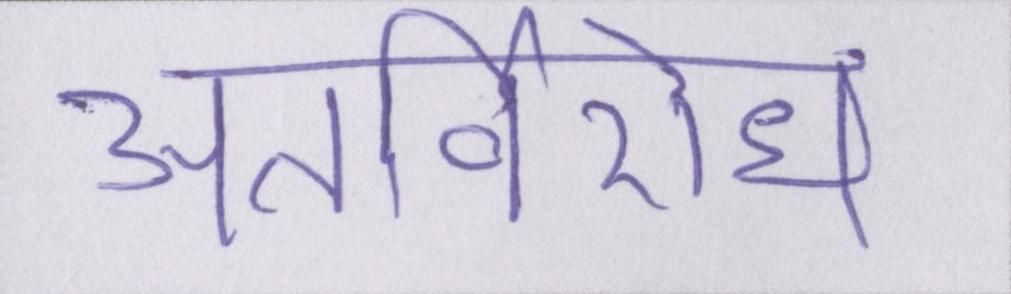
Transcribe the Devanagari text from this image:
अंतर्विरोध